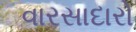
વારસાદારો